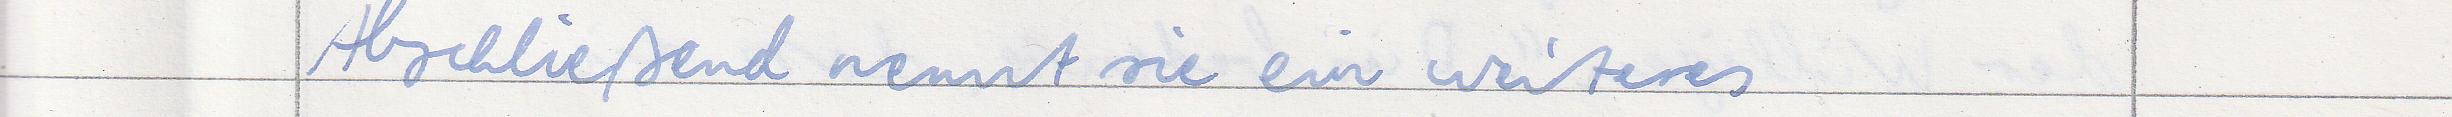
Abschließend nennt sie ein weiteres